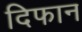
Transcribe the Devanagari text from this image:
दिफान